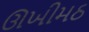
ઊખીમઠ